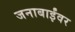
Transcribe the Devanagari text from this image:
जनाबाईंवर